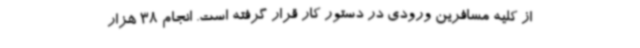
از کلیه مسافرین ورودی در دستور کار قرار گرفته است. انجام 38 هزار